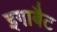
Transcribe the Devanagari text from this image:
इगाबैट